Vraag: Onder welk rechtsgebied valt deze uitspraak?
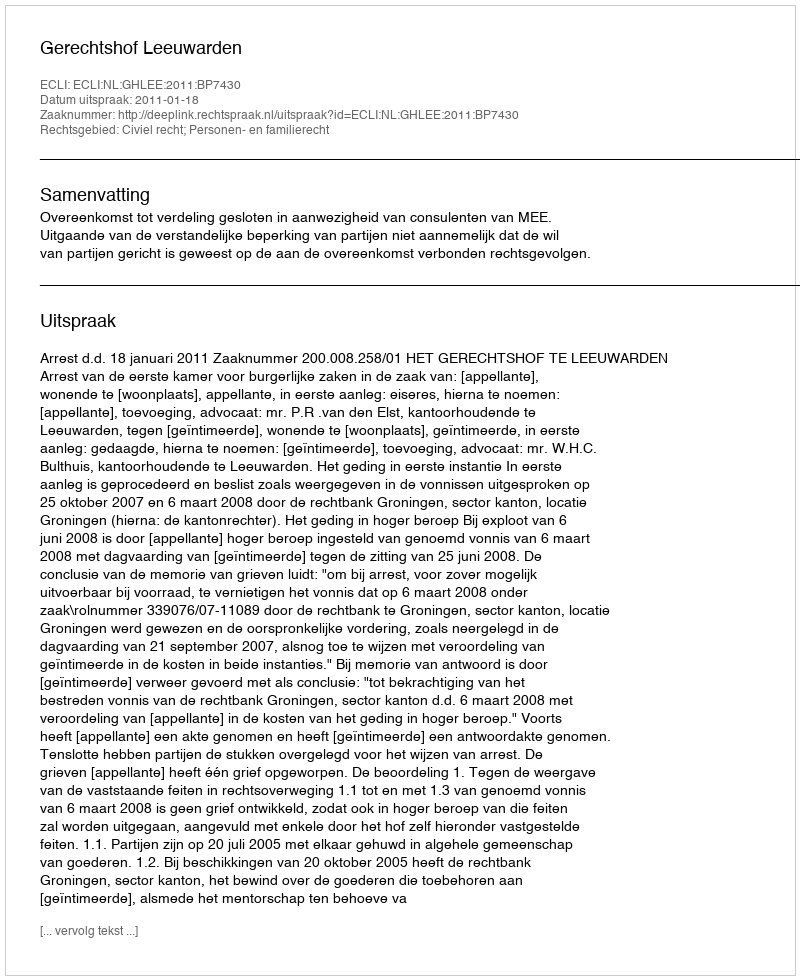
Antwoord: Civiel recht; Personen- en familierecht